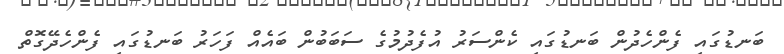
ބަނޑުގައި ފެންހެދުން ބަނޑުގައި ކެންސަރު އުފެދުމުގެ ސަބަބުން ބައެއް ފަހަރު ބަނޑުގައި ފެންހެދޭގޮތް